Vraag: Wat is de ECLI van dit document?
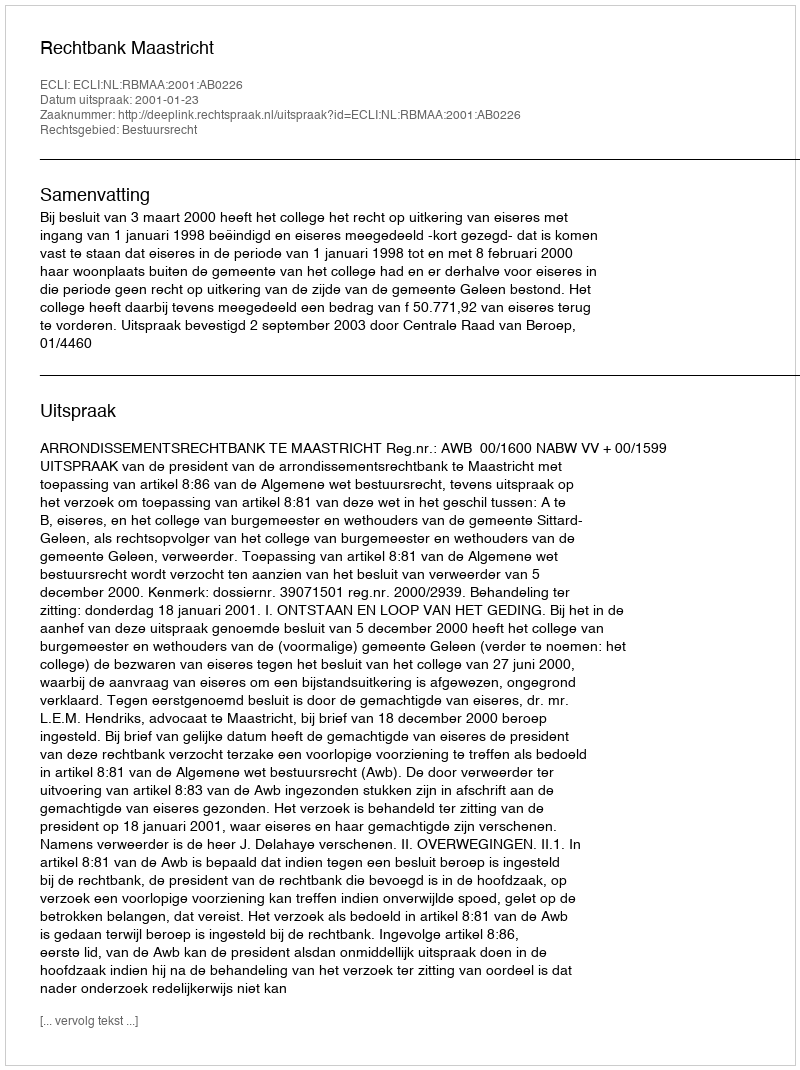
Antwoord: ECLI:NL:RBMAA:2001:AB0226